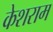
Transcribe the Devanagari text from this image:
केशराम